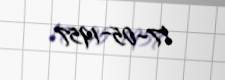
17-05-1957